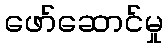
ဖော်ဆောင်မှု